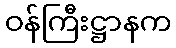
ဝန်ကြီးဋ္ဌာနက